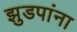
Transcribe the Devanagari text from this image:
झुडपांना